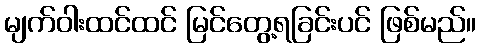
မျက်ဝါးထင်ထင် မြင်တွေ့ရခြင်းပင် ဖြစ်မည်။